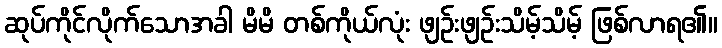
ဆုပ်ကိုင်လိုက်သောအခါ မိမိ တစ်ကိုယ်လုံး ဖျဉ်းဖျဉ်းသိမ့်သိမ့် ဖြစ်လာရ၏။